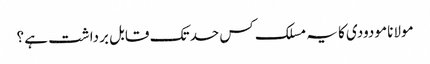
مولانا مودودی کا یہ مسلک کس حد تک قابل برداشت ہے ؟